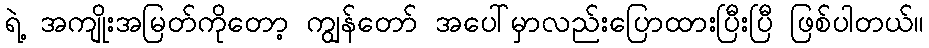
ရဲ့ အကျိုးအမြတ်ကိုတော့ ကျွန်တော် အပေါ်မှာလည်းပြောထားပြီးပြီ ဖြစ်ပါတယ်။